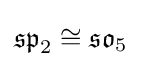
{\mathfrak {sp}}_{2}\cong {\mathfrak {so}}_{5}